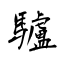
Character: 驢